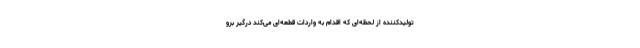
تولیدکننده از لحظه‌ای که اقدام به واردات قطعه‌ای می‌کند درگیر برو